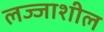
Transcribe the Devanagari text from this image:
लज्जाशील